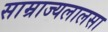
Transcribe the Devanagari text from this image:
साम्राज्यलालसा